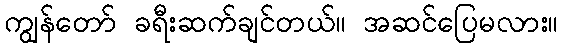
ကျွန်တော် ခရီးဆက်ချင်တယ်။ အဆင်ပြေမလား။